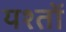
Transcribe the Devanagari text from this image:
यश्तों